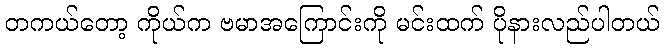
တကယ်တော့ ကိုယ်က ဗမာအကြောင်းကို မင်းထက် ပိုနားလည်ပါတယ်